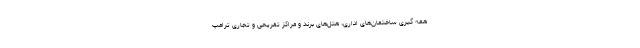
همه گیری ساختمان‌های اداری، هتل‌های برند و مراکز تفریحی و تجاری ترامپ